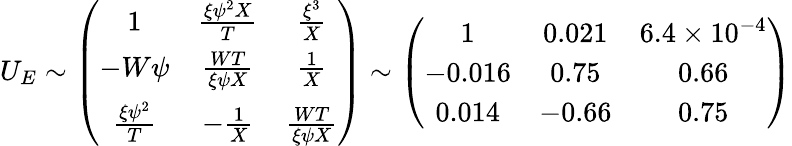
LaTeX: U_{E}\sim\left(\begin{array}{ccc}{{1}}&{{\frac{\xi\psi^{2}X}{T}}}&{{\frac{\xi^{3}}{X}}}\\ {{-W\psi}}&{{\frac{WT}{\xi\psi X}}}&{{\frac{1}{X}}}\\ {{\frac{\xi\psi^{2}}{T}}}&{{-\frac{1}{X}}}&{{\frac{WT}{\xi\psi X}}}\end{array}\right)\sim\left(\begin{array}{ccc}{{1}}&{{0.021}}&{{6.4\times 10^{-4}}}\\ {{-0.016}}&{{0.75}}&{{0.66}}\\ {{0.014}}&{{-0.66}}&{{0.75}}\end{array}\right)